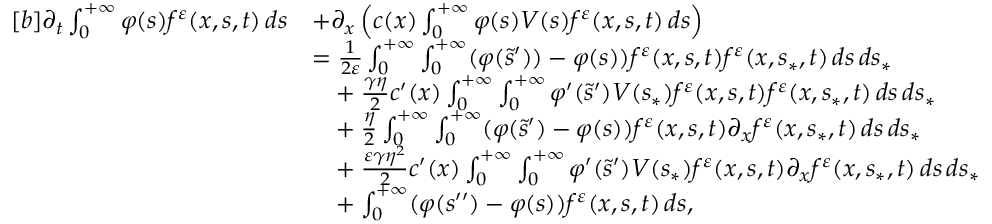
\begin{array} { r } { \begin{array} { r l } { [ b ] \partial _ { t } \int _ { 0 } ^ { + \infty } \varphi ( s ) f ^ { \varepsilon } ( x , s , t ) \, d s } & { + \partial _ { x } \left( c ( x ) \int _ { 0 } ^ { + \infty } \varphi ( s ) V ( s ) f ^ { \varepsilon } ( x , s , t ) \, d s \right) } \\ & { = \frac { 1 } { 2 \varepsilon } \int _ { 0 } ^ { + \infty } \int _ { 0 } ^ { + \infty } ( \varphi ( \tilde { s } ^ { \prime } ) ) - \varphi ( s ) ) f ^ { \varepsilon } ( x , s , t ) f ^ { \varepsilon } ( x , s _ { \ast } , t ) \, d s \, d s _ { \ast } } \\ & { \phantom { = } + \frac { \gamma \eta } { 2 } c ^ { \prime } ( x ) \int _ { 0 } ^ { + \infty } \int _ { 0 } ^ { + \infty } \varphi ^ { \prime } ( \tilde { s } ^ { \prime } ) V ( s _ { \ast } ) f ^ { \varepsilon } ( x , s , t ) f ^ { \varepsilon } ( x , s _ { \ast } , t ) \, d s \, d s _ { \ast } } \\ & { \phantom { = } + \frac { \eta } { 2 } \int _ { 0 } ^ { + \infty } \int _ { 0 } ^ { + \infty } ( \varphi ( \tilde { s } ^ { \prime } ) - \varphi ( s ) ) f ^ { \varepsilon } ( x , s , t ) \partial _ { x } f ^ { \varepsilon } ( x , s _ { \ast } , t ) \, d s \, d s _ { \ast } } \\ & { \phantom { = } + \frac { \varepsilon \gamma \eta ^ { 2 } } { 2 } c ^ { \prime } ( x ) \int _ { 0 } ^ { + \infty } \int _ { 0 } ^ { + \infty } \varphi ^ { \prime } ( \tilde { s } ^ { \prime } ) V ( s _ { \ast } ) f ^ { \varepsilon } ( x , s , t ) \partial _ { x } f ^ { \varepsilon } ( x , s _ { \ast } , t ) \, d s \, d s _ { \ast } } \\ & { \phantom { = } + \int _ { 0 } ^ { + \infty } ( \varphi ( s ^ { \prime \prime } ) - \varphi ( s ) ) f ^ { \varepsilon } ( x , s , t ) \, d s , } \end{array} } \end{array}